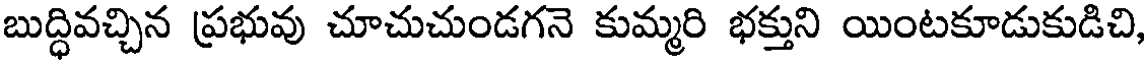
బుద్ధివచ్చిన ప్రభువు చూచుచుండగనె కుమ్మరి భక్తుని యింటకూడుకుడిచి,